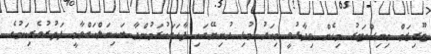
ޓޫރިޒަމް މިނިސްޓަރު މިހެން ވިދާޅުވީ މިއަދު މުޅި ދުނިޔޭގައި ފާހަގަކުރަމުންދާ ބައިނަލްއަގްވާމީ ފަތުރުވެރިކަމުގެ